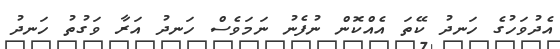
އެދުވަހުގެ ހަނދު ކޭތަ އެއްކޮން ނުފެނު ނަމަވެސް ހަނދު އަރާ ވަގުތު ހަނދު